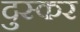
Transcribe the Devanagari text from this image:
दुस्कर